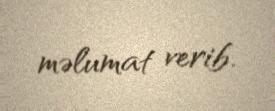
məlumat verib.